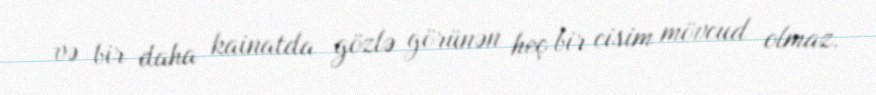
və bir daha kainatda gözlə görünən heç bir cisim mövcud olmaz.